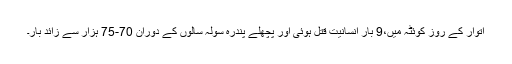
اتوار کے روز کوئٹہ میں،9 بار انسانیت قتل ہوئی اور پچھلے پندرہ سولہ سالوں کے دوران 70-75 ہزار سے زائد بار۔